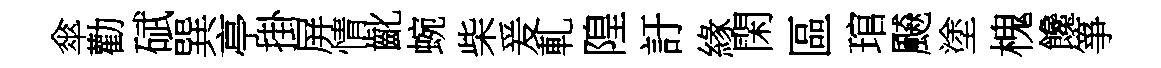
傘勸碔巽亭掛屏情齔蜿柴爰軋隍訏緣閑區琯飇塗槐饞箏